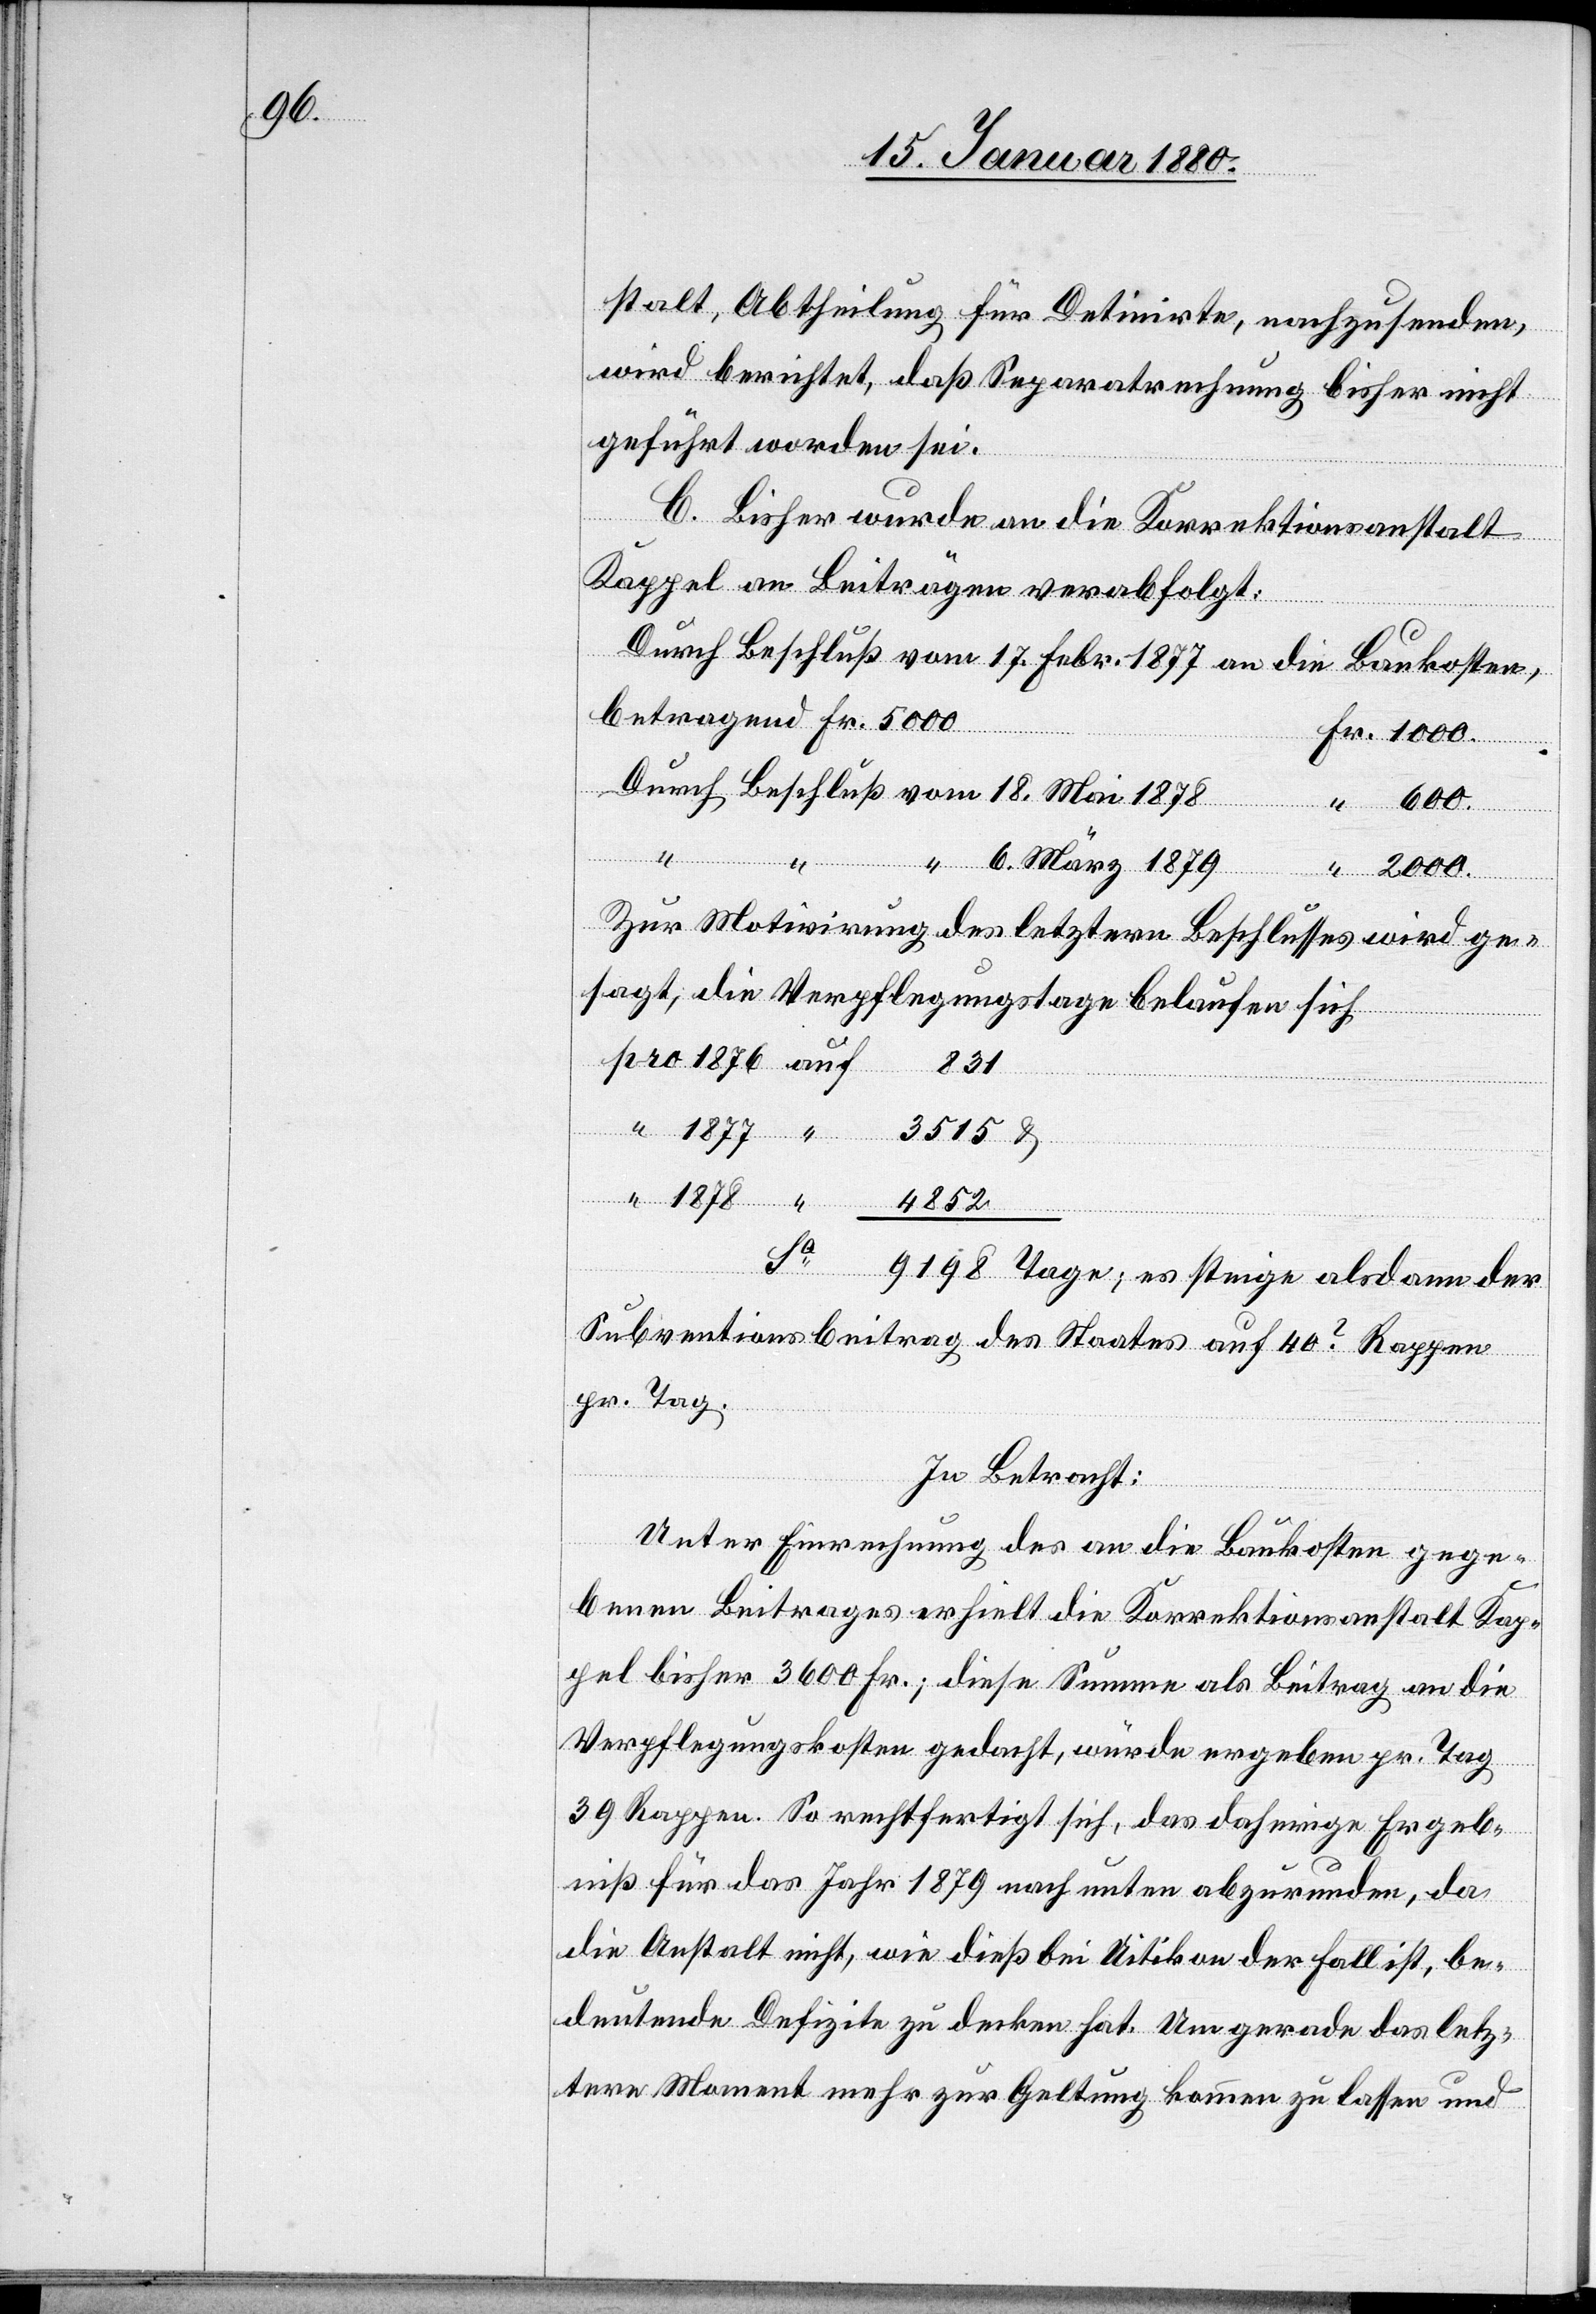
stalt, Abtheilung für Detinirte, nachzusenden
wird berichtet, daß Separatrechnung bisher nicht
geführt worden sei.
C. Bisher wurde an die Korrektionsanstalt
Kappel an Beiträgen verabfolgt:
Durch Beschluß vom 17. Febr. 1877 an die Baukosten,
betragend Fr. 5000
Durch Beschluß vom 18. Mai 1878
auf
600.
“ “ 6. März 1879
2000.
Zur Motivirung des letztern Beschlusses wird ge¬
sagt, die Verpflegungstage belaufen sich
“
1878
4853
Sa
Tage; es steige alsdann der
Subventionsbeitrag des Staates auf 40? Rappen
pr. Tag.
In Betracht:
Unter Einrechnung des an die Baukosten gege¬
benen Beitrages erhielt die Korrektionsanstalt Kap¬
pel bisher 3600 Fr.; diese Summe als Beitrag an die
Verpflegungskosten gedacht, würde ergeben pr. Tag
39 Rappen. So rechtfertigt sich, das daherige Ergeb¬
niß für das Jahr 1879 nach unten abzurunden, da
die Anstalt nicht, wie dieß bei Uitikon der Fall ist, be¬
deutende Defizite zu decken hat. Um gerade das letz¬
tere Moment mehr zur Geltung kommen zu lassen und